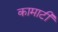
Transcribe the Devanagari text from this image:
कामाटी